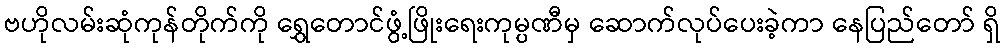
ဗဟိုလမ်းဆုံကုန်တိုက်ကို ရွှေတောင်ဖွံ့ဖြိုးရေးကုမ္ပဏီမှ ဆောက်လုပ်ပေးခဲ့ကာ နေပြည်တော် ရှိ